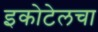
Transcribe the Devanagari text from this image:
इकोटेलचा